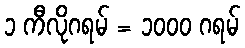
၁ ကီလိုဂရမ် = ၁၀၀၀ ဂရမ်